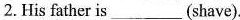
2.His father is___(shave).